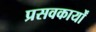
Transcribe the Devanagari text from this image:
प्रसवकार्यों